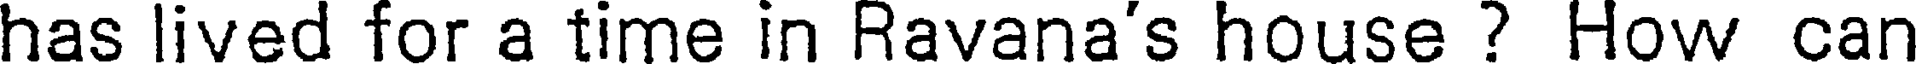
has lived for a time in Ravana's house ? How can